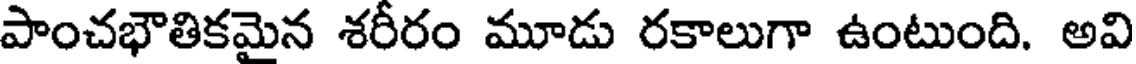
పాంచభౌతికమైన శరీరం మూడు రకాలుగా ఉంటుంది. అవి